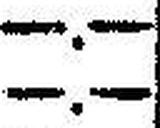
—.—